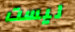
ليست